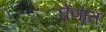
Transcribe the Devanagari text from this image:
घेणात